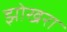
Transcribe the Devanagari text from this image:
झोखरा